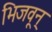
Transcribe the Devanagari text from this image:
भिजवून्